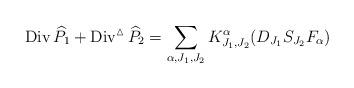
LaTeX: \begin{align*}\operatorname{Div}\widehat{P}_1+\operatorname{Div}^{\vartriangle}\widehat{P}_2=\sum_{\alpha,J_1,J_2}K_{J_1,J_2}^{\alpha}(D_{J_1}S_{J_2}F_{\alpha})\end{align*}